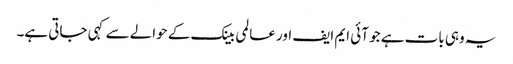
یہ وہی بات ہے جو آئی ایم ایف اور عالمی بینک کے حوالے سے کہی جاتی ہے۔